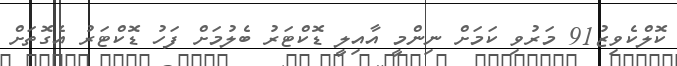
ކޮލްކެވިޒު91 މަރުވި ކަމަށް ނިންމީ އާއިލީ ޑޮކްޓަރު ބެލުމަށް ފަހު ޑޮކްޓަރު އެގޮތަށް